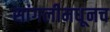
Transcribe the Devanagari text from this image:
सांगलीमधूनच